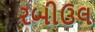
રબીઉલ